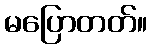
မပြောတတ်။